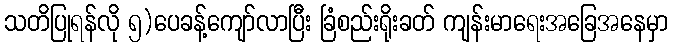
သတိပြုရန်လို ၅)ပေခန့်ကျော်လာပြီး ခြံစည်းရိုးခတ် ကျန်းမာရေးအခြေအနေမှာ